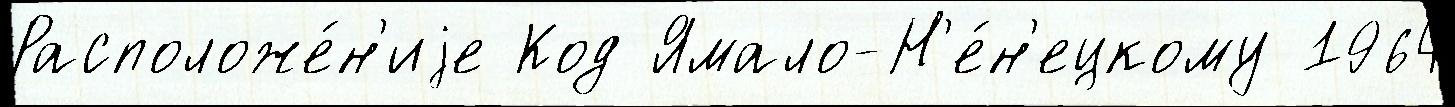
Расположе́н'иjе Код Ямало-Н'е́н'ецкому 1964